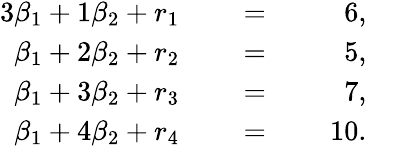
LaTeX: {\begin{array}{rlrlrl}{{3}\beta_{1}+1\beta_{2}+r_{1}}&{}&{\; =\; }&{}&{6,}&{}\\ {\beta_{1}+2\beta_{2}+r_{2}}&{}&{\; =\; }&{}&{5,}&{}\\ {\beta_{1}+3\beta_{2}+r_{3}}&{}&{\; =\; }&{}&{7,}&{}\\ {\beta_{1}+4\beta_{2}+r_{4}}&{}&{\; =\; }&{}&{10.}&{}\end{array}}